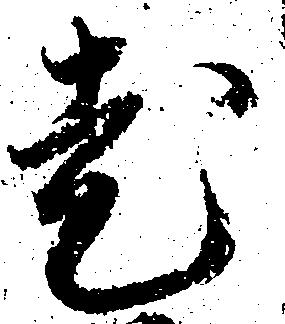
老